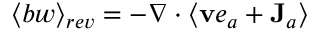
\langle b w \rangle _ { r e v } = - \nabla \cdot \langle { \bf v } e _ { a } + { \bf J } _ { a } \rangle